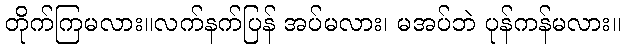
တိုက်ကြမလား။လက်နက်ပြန် အပ်မလား၊ မအပ်ဘဲ ပုန်ကန်မလား။